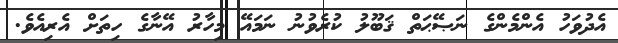
އެދުވަހު އެންމެންގެ ނަޞޭޙަތް ޤަބޫލު ކުރެވުނު ނަމައޭ މިހާރު އޭނާގެ ހިތަށް އެރިއެވެ.